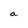
Character: a